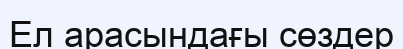
Ел арасындағы сөздер